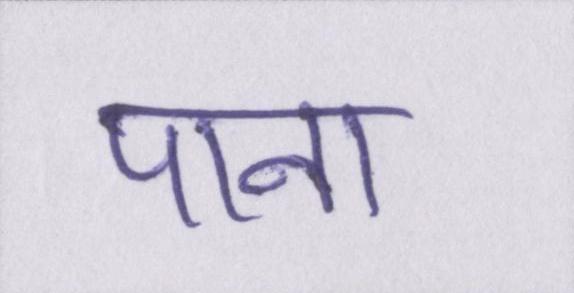
पाना